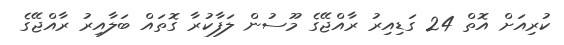
ކުރިއަށް އޮތް 24 ގަޑިއިރު ރާއްޖޭގެ މޫސުން ލަފާކުރާ ގޮތައް ބަލާއިރު ރާއްޖޭގެ